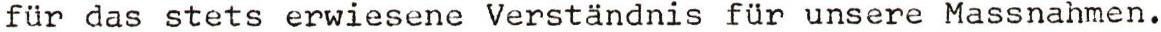
für das stets erwiesene Verständnis für unsere Massnahmen.